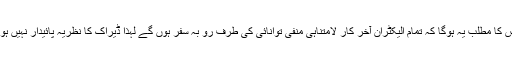
جس کا مطلب یہ ہوگا کہ تمام الیکٹران آخر کار لامتناہی منفی توانائی کی طرف رو بہ سفر ہوں گے لہٰذا ڈیراک کا نظریہ پائیدار نہیں ہوگا۔